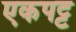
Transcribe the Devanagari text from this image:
एकपट्ट